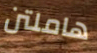
هاملتن